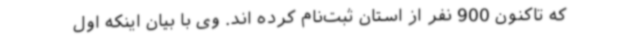
که تاکنون 900 نفر از استان ثبت‌نام کرده اند. وی با بیان اینکه اول